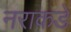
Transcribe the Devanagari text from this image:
नराकडे